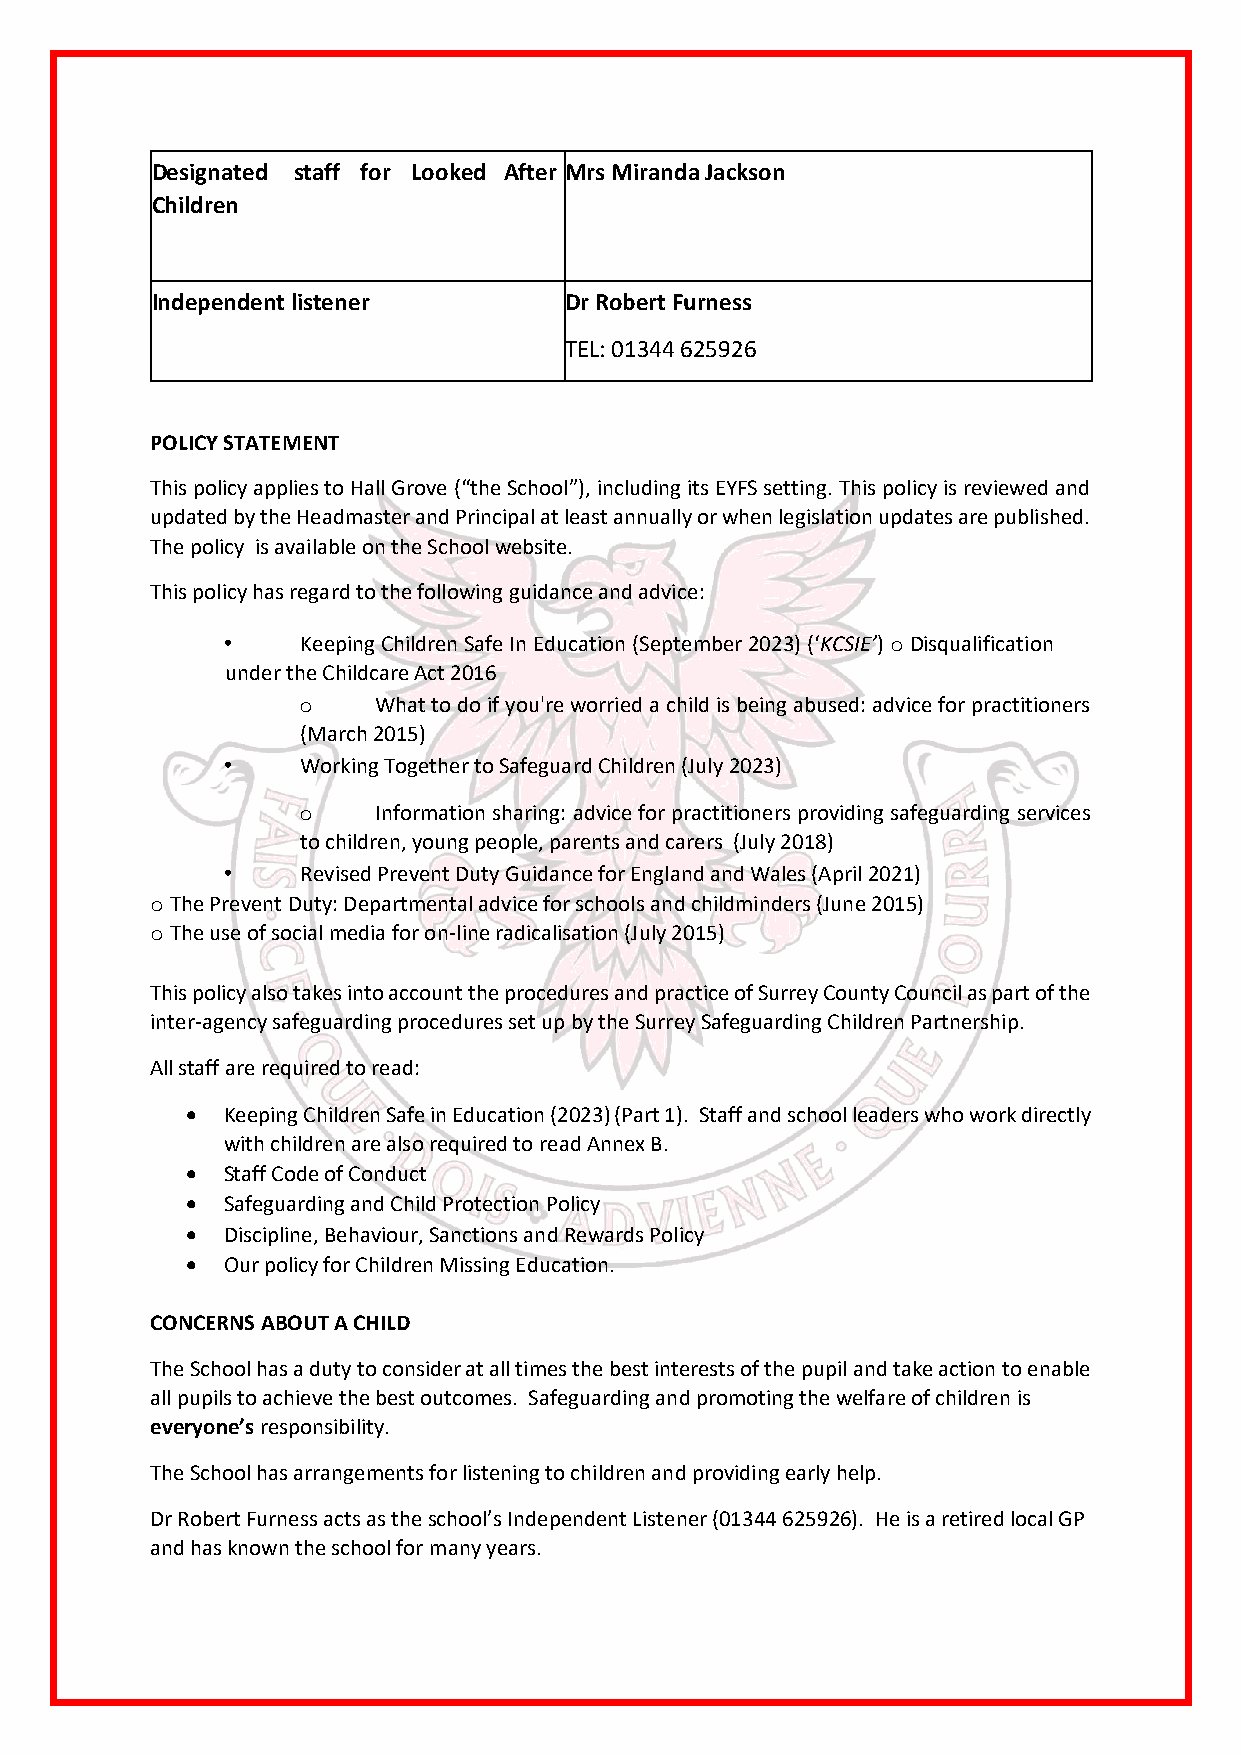
Designated staff for Looked After Mrs Miranda Jackson
 Children
 Independent listener       Dr Robert Furness
 TEL: 01344 625926
 POLICY STATEMENT
 This policy applies to Hall Grove (“the School”), including its EYFS setting. This policy is reviewed and
 updated by the Headmaster and Principal at least annually or when legislation updates are published.
 The policy is available on the School website.
 This policy has regard to the following guidance and advice:
 •    Keeping Children Safe In Education (September 2023) (‘KCSIE’) o Disqualification
 under the Childcare Act 2016
 o    What to do if you're worried a child is being abused: advice for practitioners
 (March 2015)
 •    Working Together to Safeguard Children (July 2023)
 o    Information sharing: advice for practitioners providing safeguarding services
 to children, young people, parents and carers (July 2018)
 •    Revised Prevent Duty Guidance for England and Wales (April 2021)
 o The Prevent Duty: Departmental advice for schools and childminders (June 2015)
 o The use of social media for on-line radicalisation (July 2015)
 This policy also takes into account the procedures and practice of Surrey County Council as part of the
 inter-agency safeguarding procedures set up by the Surrey Safeguarding Children Partnership.
 All staff are required to read:
 •  Keeping Children Safe in Education (2023) (Part 1). Staff and school leaders who work directly
 with children are also required to read Annex B.
 •  Staff Code of Conduct
 •  Safeguarding and Child Protection Policy
 •  Discipline, Behaviour, Sanctions and Rewards Policy
 •  Our policy for Children Missing Education.
 CONCERNS ABOUT A CHILD
 The School has a duty to consider at all times the best interests of the pupil and take action to enable
 all pupils to achieve the best outcomes. Safeguarding and promoting the welfare of children is
 everyone’s responsibility.
 The School has arrangements for listening to children and providing early help.
 Dr Robert Furness acts as the school’s Independent Listener (01344 625926). He is a retired local GP
 and has known the school for many years.